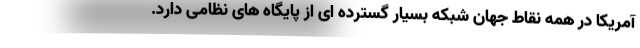
آمریکا در همه نقاط جهان شبکه بسیار گسترده ای از پایگاه های نظامی دارد.